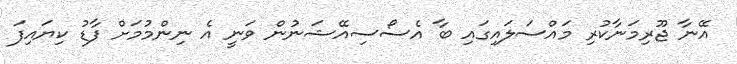
އޭނާ ޖޫރިމަނާކުރި މައްސަލައިގައި ބާ އެސޯސިއޭޝަނުން ވަނީ އެ ނިންމުމަށް ފާޑު ކިޔައިފަ